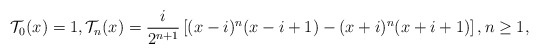
\begin{align*}\mathcal{T}_{0}(x)=1, \mathcal{T}_n(x)=\dfrac{i}{2^{n+1}}\left[(x-i)^n(x-i+1)-(x+i)^n(x+i+1) \right], n\geq 1,\end{align*}